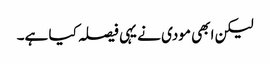
لیکن ابھی مودی نے یہی فیصلہ کیا ہے۔